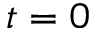
t = 0